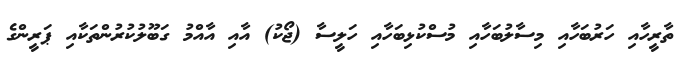
ތާރީހާއި ހަރުބަހާއި މިސާލުބަހާއި މުސްކުޅިބަހާއި ހަލީސާ (ޖޯކު) އާއި އާއްމު ގަބޫލުކުރުންތަކާއި ޕަރީންގެ